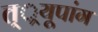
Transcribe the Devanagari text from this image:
त््रयूपांग